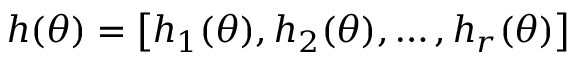
h ( \theta ) = \left[ h _ { 1 } ( \theta ) , h _ { 2 } ( \theta ) , \ldots , h _ { r } ( \theta ) \right]